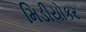
મિડીયોકર